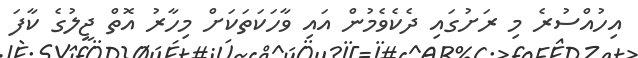
އިހުއްސުރެ މި ރަށުގައި ދެކެވެމުން އައި ވާހަކަތަކަށް މިހާރު އޮތްް ޖީލުގެ ކާފަ